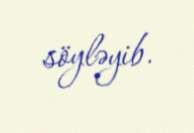
söyləyib.